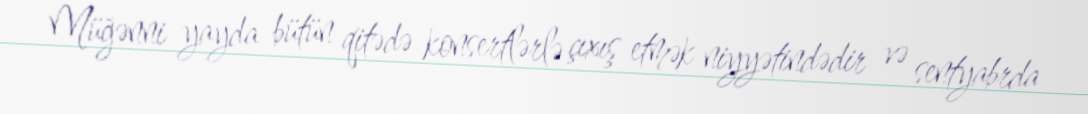
Müğənni yayda bütün qitədə konsertlərlə çıxış etmək niyyətindədir və sentyabrda